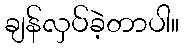
ချန်လှပ်ခဲ့တာပါ။